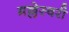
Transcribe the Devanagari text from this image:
मल्लेस्वरी